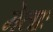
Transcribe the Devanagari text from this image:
मेलाः